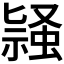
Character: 𬠛